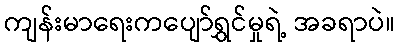
ကျန်းမာရေးကပျော်ရွှင်မှုရဲ့ အခရာပဲ။